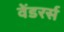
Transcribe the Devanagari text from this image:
वेंडरर्स